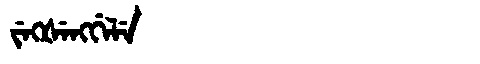
Manchu: ᠵᡝᡴᡧᡝᠩᡤᡝᠯᡝ
Romanization: JEKŠENGGELE